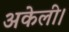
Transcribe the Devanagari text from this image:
अकेली।